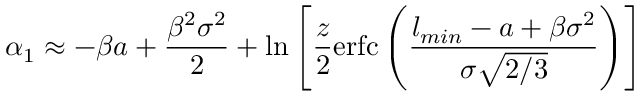
\alpha _ { 1 } \approx - \beta a + \frac { \beta ^ { 2 } \sigma ^ { 2 } } { 2 } + \ln \left[ \frac { z } { 2 } \mathrm { e r f c } \left( \frac { l _ { m i n } - a + \beta \sigma ^ { 2 } } { \sigma \sqrt { 2 / 3 } } \right) \right]